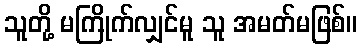
သူတို့ မကြိုက်လျှင်မူ သူ အမတ်မဖြစ်။